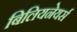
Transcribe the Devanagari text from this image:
बिलियनेयर्स